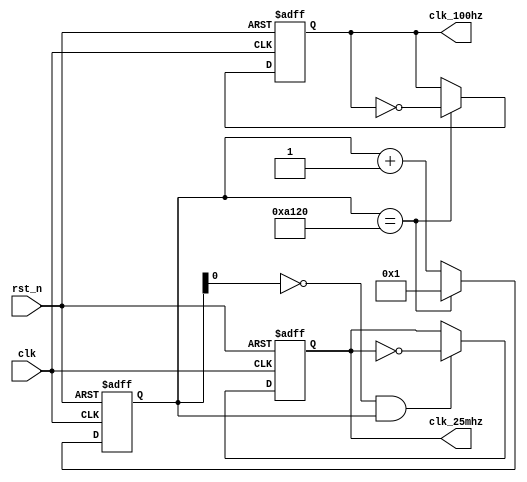
module clk_div (
    input rst_n,
    input clk,
    output reg clk_100hz,
    output reg clk_25mhz
);

  parameter DIV_CNT = 16'd500000;

  reg [19:0] cnt;

  always @(posedge clk or negedge rst_n)
    if (~rst_n) cnt <= 19'b0;
    else if (cnt == DIV_CNT) cnt <= 19'd1;
    else cnt <= cnt + 1'b1;

  always @(posedge clk or negedge rst_n)
    if (~rst_n) clk_100hz <= 1'b0;
    else if (cnt == DIV_CNT) clk_100hz <= ~clk_100hz;
    else clk_100hz <= clk_100hz;

  always @(posedge clk or negedge rst_n)
    if (~rst_n) clk_25mhz <= 1'b0;
    else if ((cnt[0] == 1'b0) && cnt) clk_25mhz <= ~clk_25mhz;
    else clk_25mhz <= clk_25mhz;

endmodule